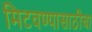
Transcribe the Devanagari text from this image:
मिटवण्यासाठीचा